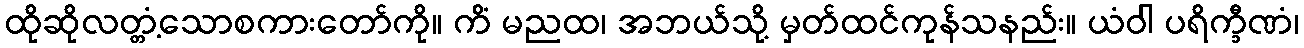
ထိုဆိုလတ္တံ့သောစကားတော်ကို။ ကိံ မညထ၊ အဘယ်သို့ မှတ်ထင်ကုန်သနည်း။ ယံဝါ ပရိက္ခီဏံ၊